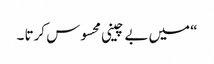
“ میں بے چینی محسوس کرتا ۔